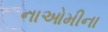
નાઓમીના